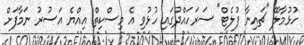
ހުޅުމާލޭ "ޗައިނާ ފުލެޓް" ސަރަހައްދުގައި ހުޅުވި އެ މިސްކިތް އިއްޔެ އަސުރު ނަމާފަށް